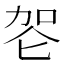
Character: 𰇠